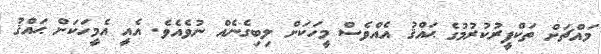
މައްޗަށް ތަކްފީރުކުރުމުގެ ޙައްޤު އެއްވެސް މީހަކަށް ލިބިގެނެއް ނުވެއެވެ. އެއީ އެމީހަކަށް ޙައްޤު